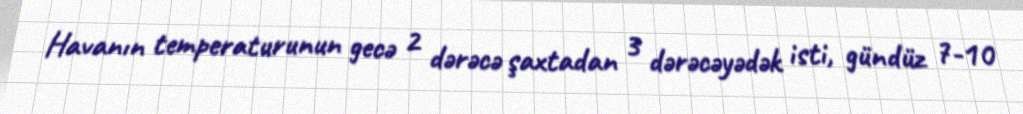
Havanın temperaturunun gecə 2 dərəcə şaxtadan 3 dərəcəyədək isti, gündüz 7-10